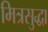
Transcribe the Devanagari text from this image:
मित्रसुद्धा